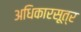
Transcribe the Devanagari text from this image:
अधिकारसूत्र